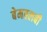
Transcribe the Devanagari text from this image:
बेमतलबी